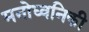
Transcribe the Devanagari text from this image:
मनोध्वनिकी